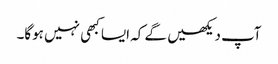
آپ دیکھیں گے کہ ایسا کبھی نہیں ہوگا۔